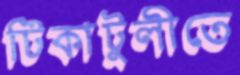
টিকাটুলীতে